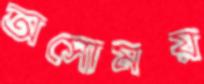
অসোময়